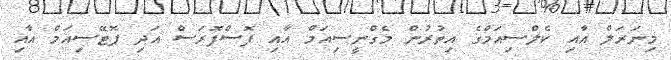
މިނަރަލް އާއި ކެލްސިއަމްގެ އިތުރުން މެގްނީސިއަމް އާއި ފޮސްފޮރަސް އަދި ޕޮޓޭސިއަމް އާއި